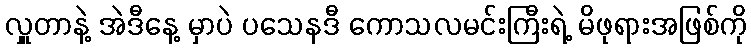
လှူတာနဲ့ အဲဒီနေ့ မှာပဲ ပသေနဒီ ကောသလမင်းကြီးရဲ့ မိဖုရားအဖြစ်ကို